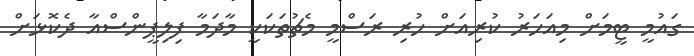
ގައުމީ ޓީމަށް މިއަހަރު ކުރިއަށް ހުރި ރަސްމީ މެޗުތަކަކީ މާދަމާ ފިލިޕީންސްއާ ދެކޮޅަށް